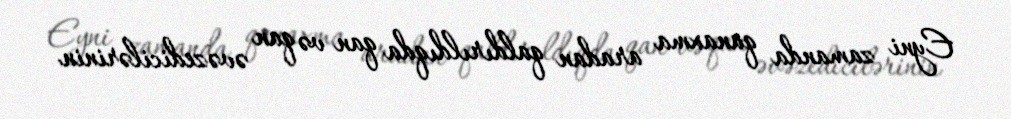
Eyni zamanda qanaxma aradan qaldırıldıqda qan və qan əvəzedicilərinin